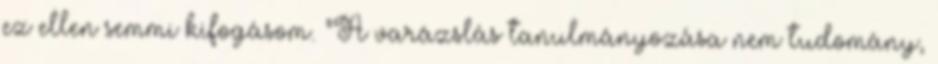
ez ellen semmi kifogásom. "A varázslás tanulmányozása nem tudomány,